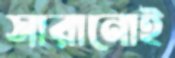
সারানোই